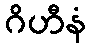
ဂိဟီနံ